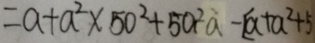
= a + a ^ { 2 } \times 5 0 ^ { 2 } + 5 a ^ { 2 } a - [ a + a ^ { 2 } + 5